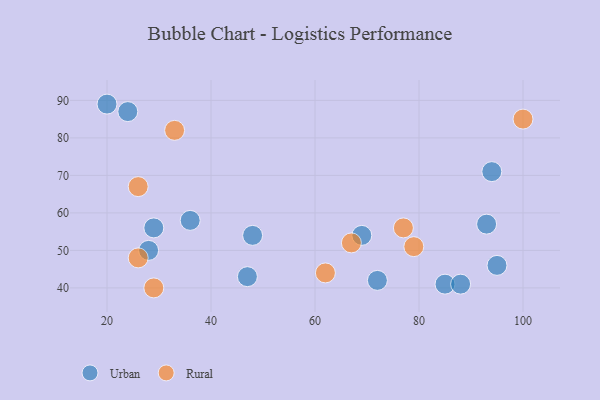
{"axis": {"x": "GDP", "y": "Life Expectancy"}, "legend": ["Rural", "Urban"], "data": [{"x": "85", "y": 41, "type": "Urban"}, {"x": "47", "y": 43, "type": "Urban"}, {"x": "24", "y": 87, "type": "Urban"}, {"x": "93", "y": 57, "type": "Urban"}, {"x": "88", "y": 41, "type": "Urban"}, {"x": "29", "y": 56, "type": "Urban"}, {"x": "48", "y": 54, "type": "Urban"}, {"x": "20", "y": 89, "type": "Urban"}, {"x": "72", "y": 42, "type": "Urban"}, {"x": "28", "y": 50, "type": "Urban"}, {"x": "36", "y": 58, "type": "Urban"}, {"x": "95", "y": 46, "type": "Urban"}, {"x": "69", "y": 54, "type": "Urban"}, {"x": "94", "y": 71, "type": "Urban"}, {"x": "79", "y": 51, "type": "Rural"}, {"x": "26", "y": 48, "type": "Rural"}, {"x": "26", "y": 67, "type": "Rural"}, {"x": "100", "y": 85, "type": "Rural"}, {"x": "77", "y": 56, "type": "Rural"}, {"x": "33", "y": 82, "type": "Rural"}, {"x": "62", "y": 44, "type": "Rural"}, {"x": "67", "y": 52, "type": "Rural"}, {"x": "29", "y": 40, "type": "Rural"}]}